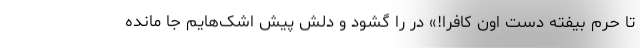
تا حرم بیفته دست اون کافرا!» در را گشود و دلش پیش اشک‌هایم جا مانده